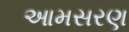
આમસરણ